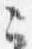
云